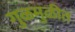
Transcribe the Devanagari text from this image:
गुळमुळीत